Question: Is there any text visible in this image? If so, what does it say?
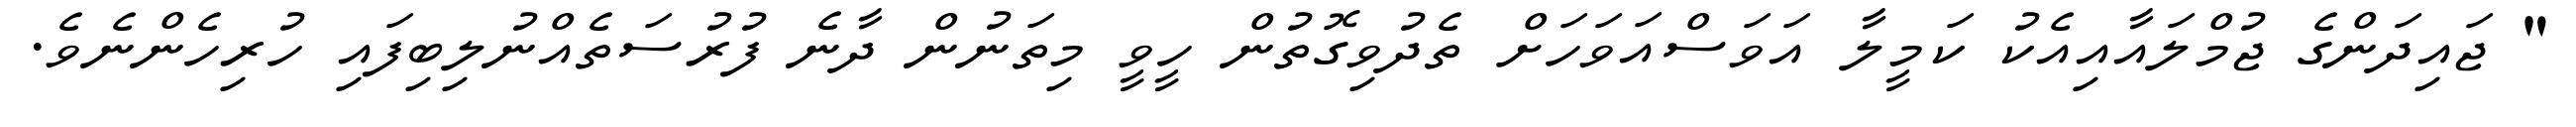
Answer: " ޖައިދަންގެ ޖުމްލައާއިއެކު ކަމީލާ އަވަސްއަވަހަށް ތެދުވިގޮތުން ހީވީ މިތަނުން ދާނެ ފުރުސަތެއްނުލިބިފައި ހުރިހެންނެވެ.